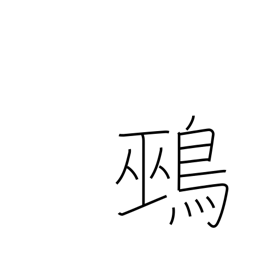
Meaning: unmottled quail